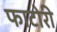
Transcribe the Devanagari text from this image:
फाटोरी